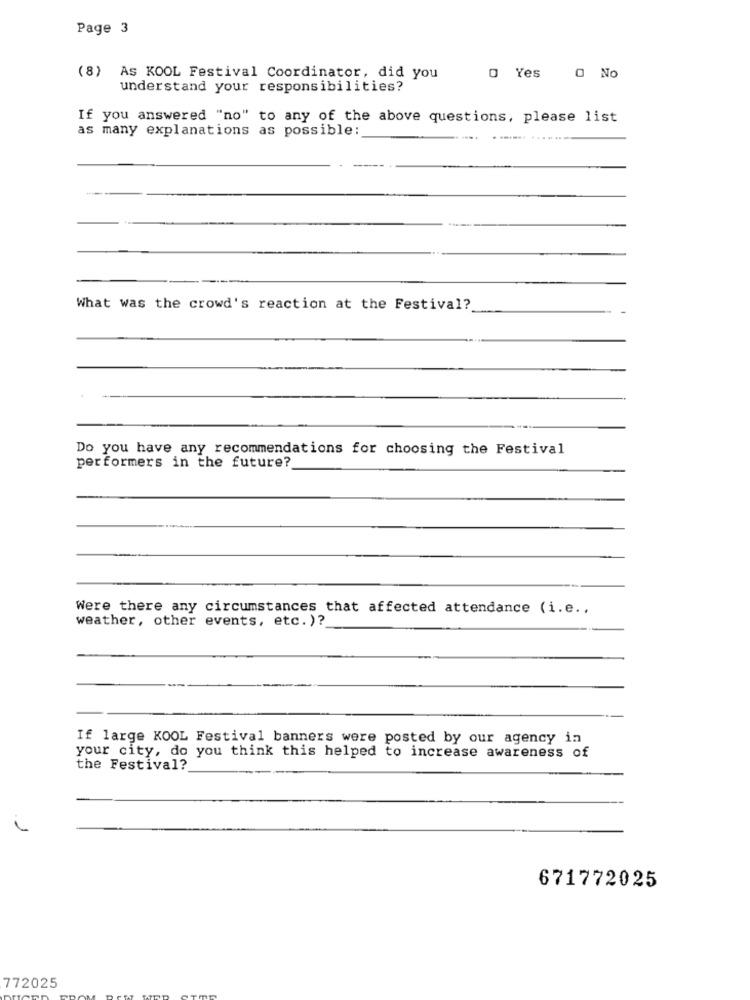
Page 3
(8) As KOOL Festival Coordinator, did you
O Yes O No
understand your responsibilities?
If you answered "no" to any of the above questions, please list
as many explanations as possible:
What was the crowd's reaction at the Festival?
Do you have any recommendations for choosing the Festival
performers in the future?
Were there any circumstances that affected attendance (i.e .,
weather, other events, etc. )?
If large KOOL Festival banners were posted by our agency in
your city, do you think this helped to increase awareness of
the Festival?
671772025
772025